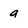
Character: 9